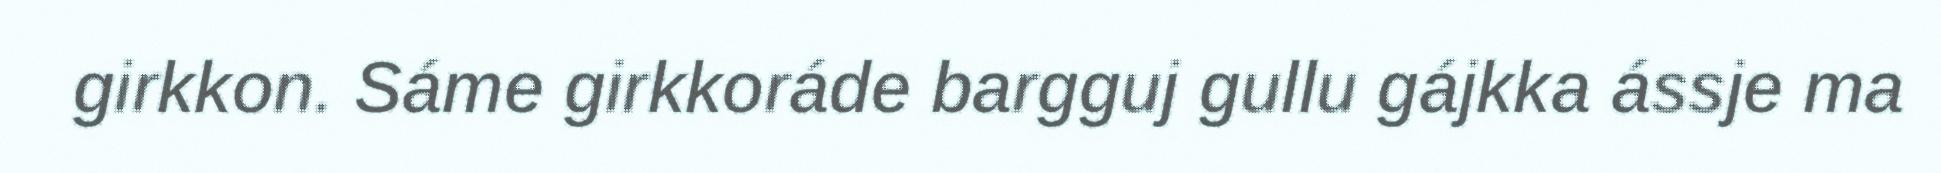
girkkon. Sáme girkkoráde bargguj gullu gájkka ássje ma